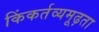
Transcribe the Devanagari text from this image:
किंकर्तव्यमूढ़ता